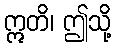
ဣတိ၊ ဤသို့